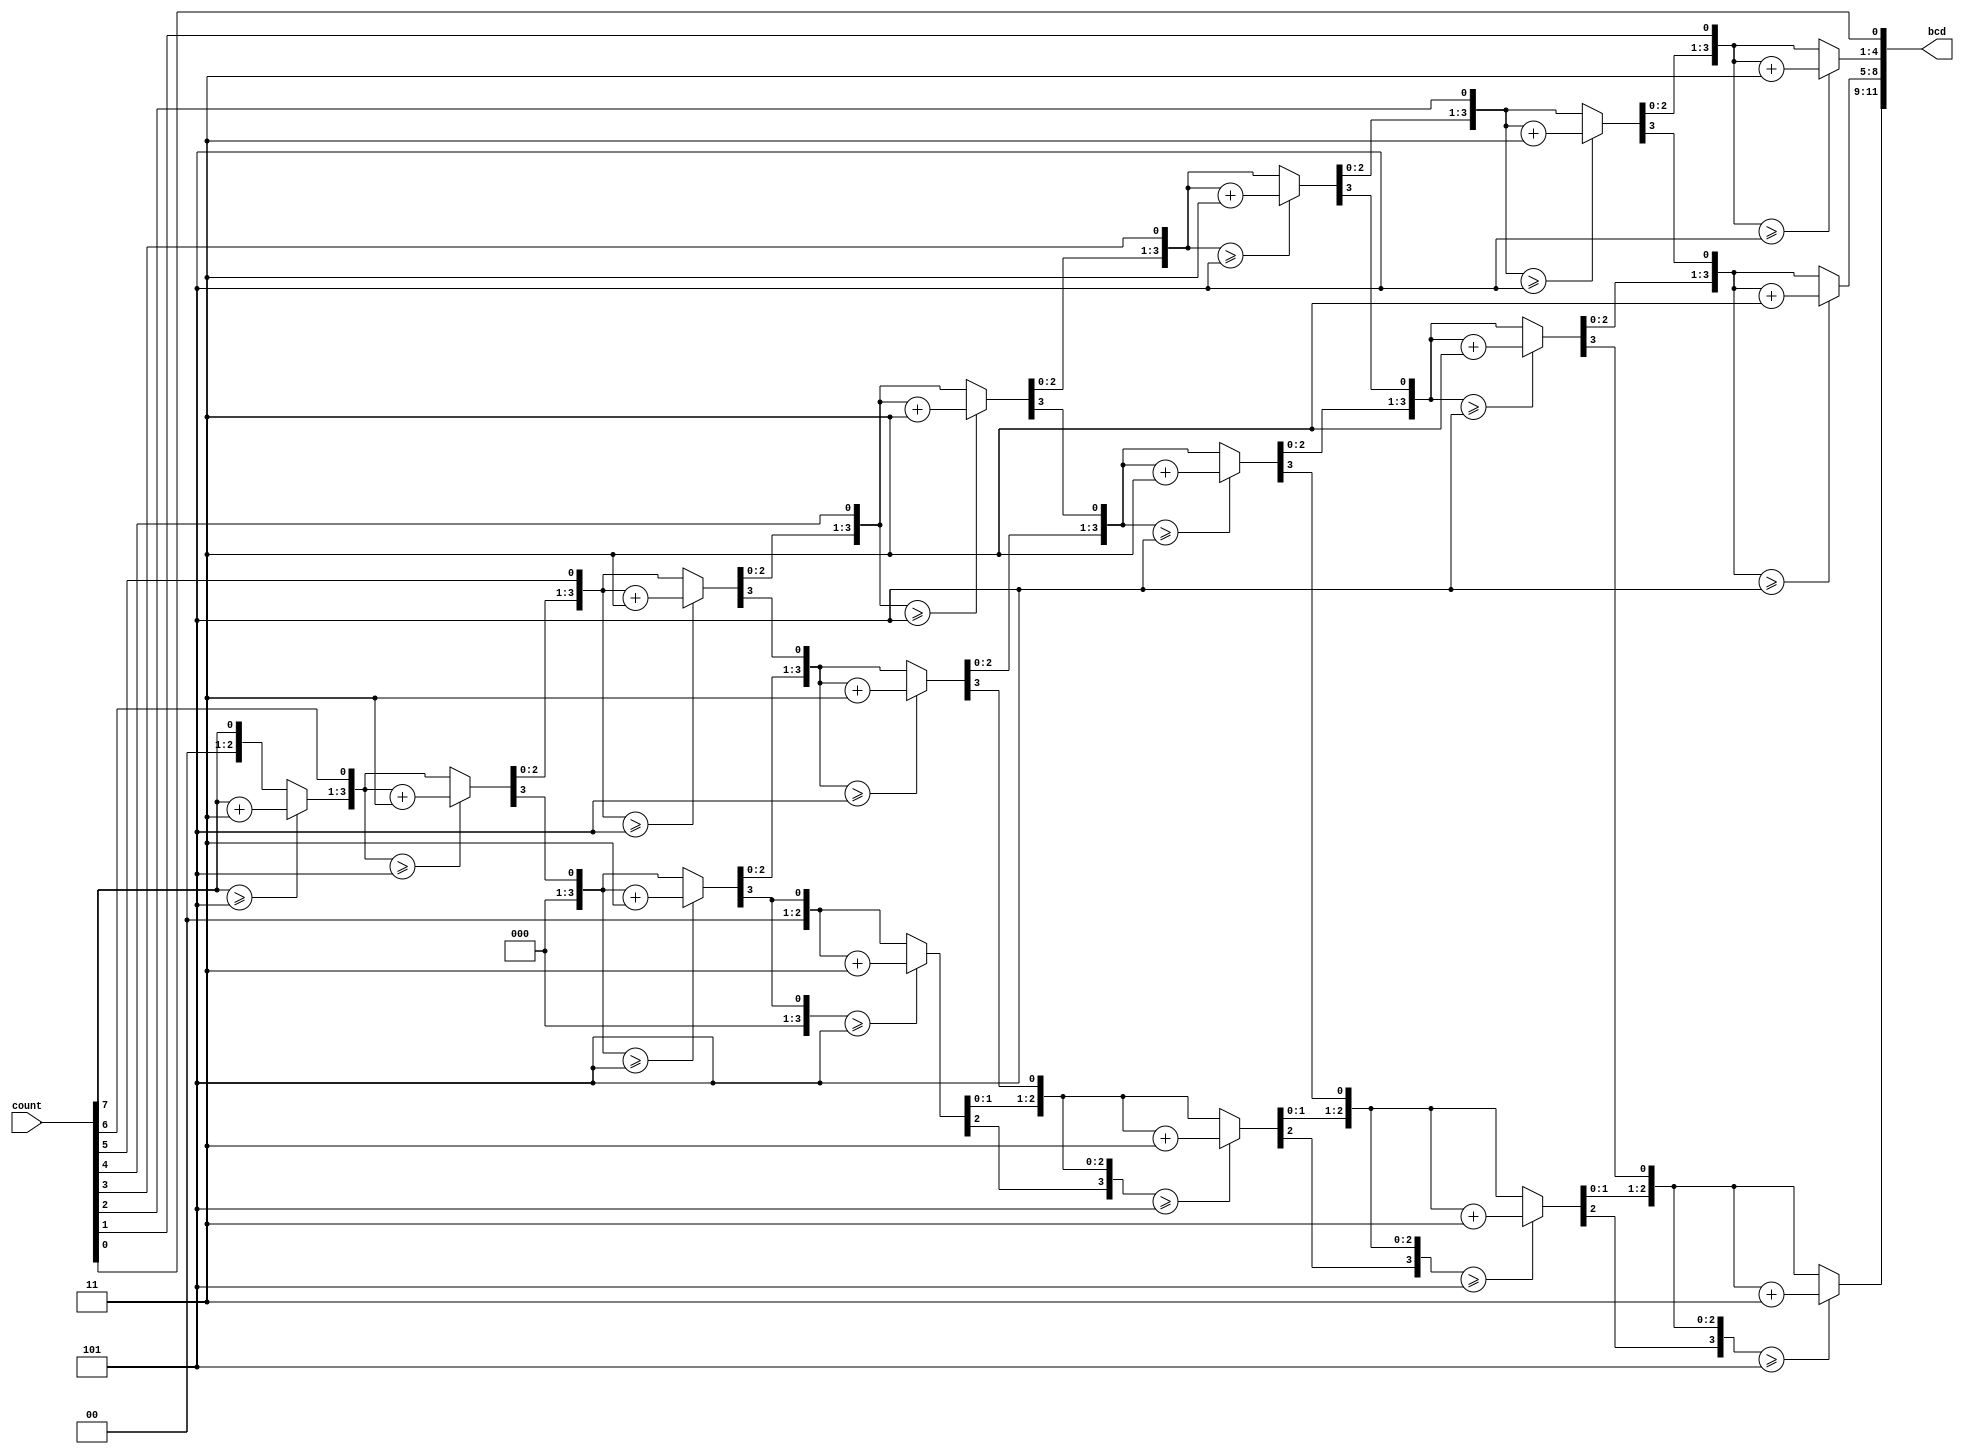
`timescale 1ns / 1ps
//////////////////////////////////////////////////////////////////////////////////
// Company: 
// Engineer: 
// 
// Design Name: 
// Module Name:    bintobcd 
// Project Name: 
// Target Devices: 
// Tool versions: 
// Description: 
//
// Dependencies: 
//
// Revision: 
// Revision 0.01 - File Created
// Additional Comments: 
//
//////////////////////////////////////////////////////////////////////////////////
module bintobcd(
   input [7:0] count,
   output reg [11:0] bcd
   );
   
integer i;
always @(count) begin
    bcd=0;		 	
    for (i=0;i<8;i=i+1) begin					//Iterate once for each bit in input number
   if (bcd[3:0] >= 5) bcd[3:0] = bcd[3:0] + 3;		//If any BCD digit is >= 5, add three
	if (bcd[7:4] >= 5) bcd[7:4] = bcd[7:4] + 3;
	if (bcd[11:8] >= 5) bcd[11:8] = bcd[11:8] + 3;
	bcd = {bcd[10:0],count[7-i]};				//Shift one bit, and shift in proper bit from input 
    end 
end
endmodule